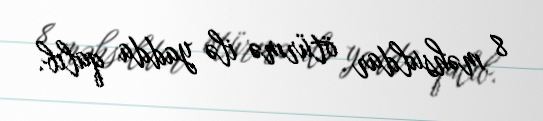
8 məhsuldar ötürmə ilə yadda qalıb.